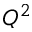
Q ^ { 2 }